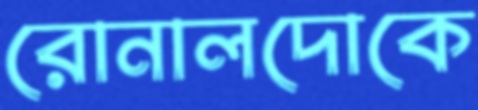
রোনালদোকে